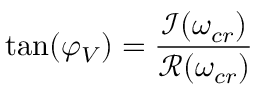
\tan ( \varphi _ { V } ) = \frac { \mathcal { I } ( \omega _ { c r } ) } { \mathcal { R } ( \omega _ { c r } ) }